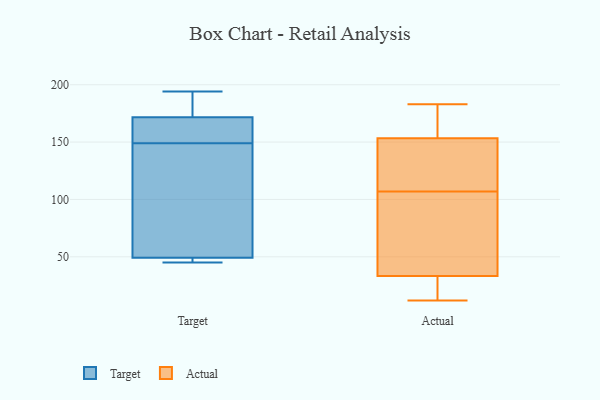
{"axis": {"x": "Waste Production (Tons)", "y": "Value"}, "legend": ["Actual", "Target"], "data": [{"x": "", "y": 50, "type": "Target"}, {"x": "", "y": 45, "type": "Target"}, {"x": "", "y": 155, "type": "Target"}, {"x": "", "y": 146, "type": "Target"}, {"x": "", "y": 149, "type": "Target"}, {"x": "", "y": 81, "type": "Target"}, {"x": "", "y": 46, "type": "Target"}, {"x": "", "y": 158, "type": "Target"}, {"x": "", "y": 192, "type": "Target"}, {"x": "", "y": 169, "type": "Target"}, {"x": "", "y": 194, "type": "Target"}, {"x": "", "y": 180, "type": "Target"}, {"x": "", "y": 47, "type": "Target"}, {"x": "", "y": 70, "type": "Actual"}, {"x": "", "y": 155, "type": "Actual"}, {"x": "", "y": 128, "type": "Actual"}, {"x": "", "y": 23, "type": "Actual"}, {"x": "", "y": 53, "type": "Actual"}, {"x": "", "y": 171, "type": "Actual"}, {"x": "", "y": 183, "type": "Actual"}, {"x": "", "y": 154, "type": "Actual"}, {"x": "", "y": 12, "type": "Actual"}, {"x": "", "y": 107, "type": "Actual"}, {"x": "", "y": 34, "type": "Actual"}, {"x": "", "y": 151, "type": "Actual"}, {"x": "", "y": 130, "type": "Actual"}, {"x": "", "y": 32, "type": "Actual"}, {"x": "", "y": 12, "type": "Actual"}, {"x": "", "y": 164, "type": "Actual"}, {"x": "", "y": 33, "type": "Actual"}, {"x": "", "y": 138, "type": "Actual"}, {"x": "", "y": 71, "type": "Actual"}]}